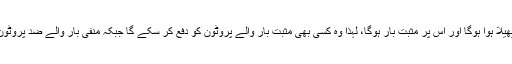
باہری کرۂ سولہ کلومیٹر پر پھیلا ہوا ہوگا اور اس پر مثبت بار ہوگا، لہٰذا وہ کسی بھی مثبت بار والے پروٹون کو دفع کر سکے گا جبکہ منفی بار والے ضد پروٹون کو اپنی طرف کھینچ لے گا۔